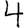
Digit: 4